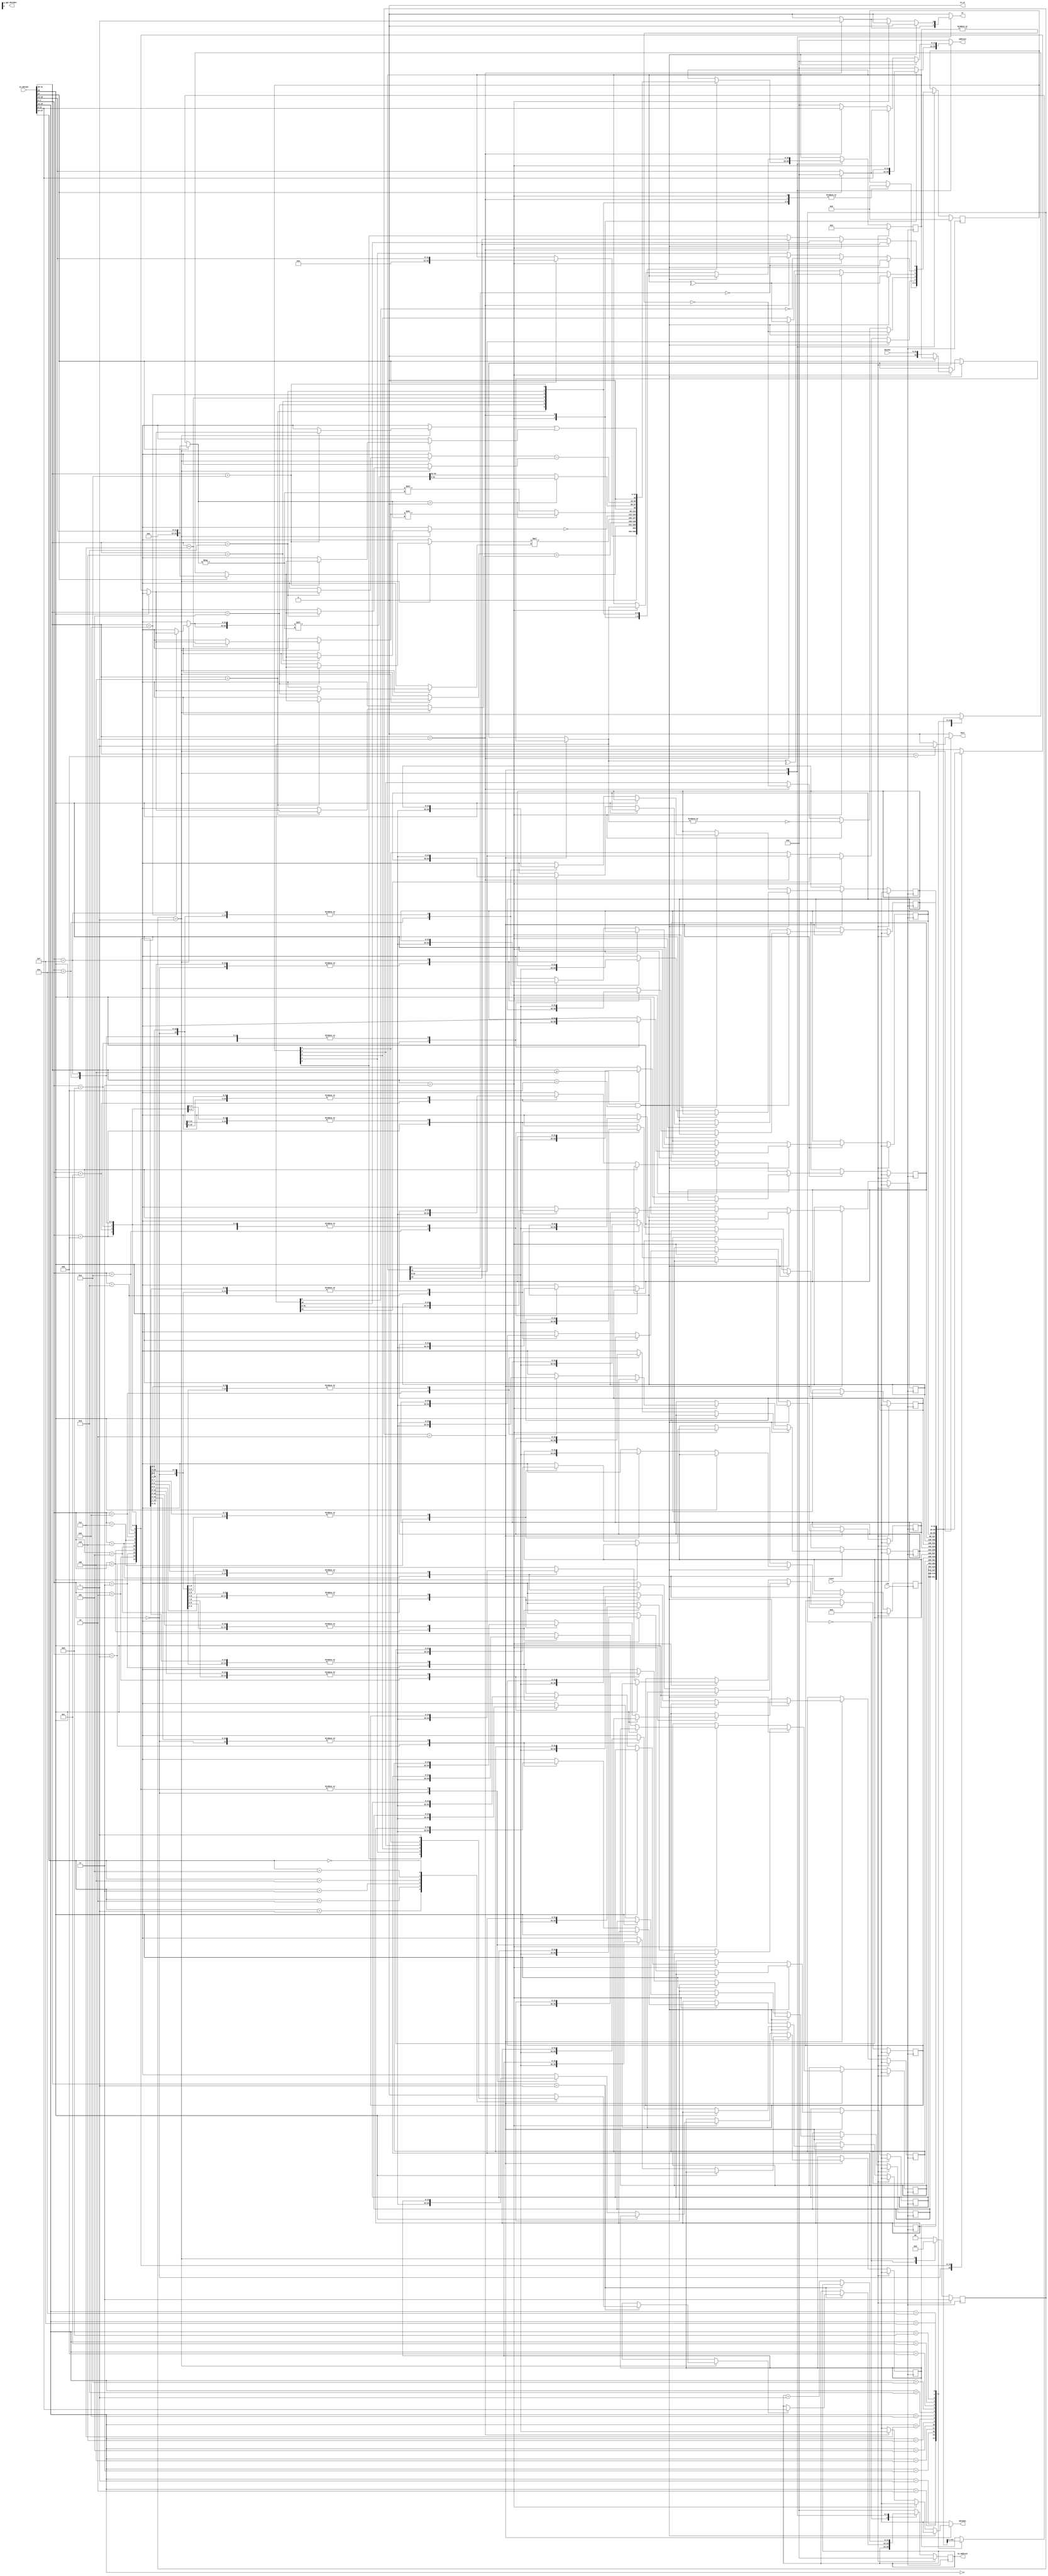
/*==================================
* Model of RISC without pipeline.
* Three main task => fetch,execute,write
*/
// `timescale 1ns/10ps
module np(clk,reset,in_wr,wr,in_address,in_dataIn,in_dataOut,address,dataIn,dataOut,halt);

parameter WIDTH = 32;//32 bits instruction
parameter ADDRSIZE = 12;//size of mem(# of data)
parameter MEMSIZE = (1<<ADDRSIZE) ;//(2^12)
parameter MAXREGS = 16;//Maximum # of registers
parameter SBITS = 5;//Status register bits
//Declare Registers ang Memory
reg [WIDTH-1:0]RFILE[0:MAXREGS-1],//Register file
               ir,// Instruction register
               src1,src2;// Alu operation registers
reg [WIDTH-1:0]RFILE_r[0:MAXREGS-1];//Register file
reg[WIDTH:0]result;// ALU result register
reg[SBITS-1:0]psr;// Processer counter for condition check
reg[ADDRSIZE-1:0]pc;// Program counter
reg[WIDTH*2-1:0] rot;// Rotate 
reg[ADDRSIZE-1:0]pc_r;
reg [WIDTH-1:0]ir_r;// Instruction register
reg[WIDTH:0]result_r;// ALU result register
reg[SBITS-1:0]psr_r;// Processer counter for condition check
reg[1:0]state,next_state;//define the state of the cpu

integer i;
//define input and output
input clk,reset;
input [WIDTH-1:0]in_dataIn;
input [WIDTH-1:0]dataIn;
output reg [ADDRSIZE-1:0]in_address;
output reg [ADDRSIZE-1:0]address;
output reg [WIDTH-1:0]in_dataOut;
output reg [WIDTH-1:0]dataOut;
output reg wr,in_wr,halt;
//wr : 1 for write 0 for read
// General definitions
`define TRUE 1
`define FALSE 0

// Define Instruction fields

`define OPCODE  ir[31:28]
`define SRC     ir[23:12]
`define DST     ir[11:0]
`define SRCTYPE ir[27]// source type 1 => imm 0 => reg or mem
`define DSTTYPE ir[26]// destin_ation type 1 => imm 0 => reg or mem
`define CCODE   ir[27:24]//condition code for branch
`define SRCNT   ir[23:12]//Shift/rotate count -= left, +=right
// Operand Types
`define REGTYPE 0
`define IMMTYPE 1
// Define opcode for each instruction

`define NOP 4'b0000
`define BRA 4'b0001
`define STR 4'b0010
`define LD  4'b0011
`define ADD 4'b0100
`define MUL 4'b0101
`define CMP 4'b0110
`define SHF 4'b0111
`define ROT 4'b1000
`define SUB 4'b1001    // SUB R0 R1  <= R0 = R0 - R1
`define OR 4'b1010    // OR R0 R1  <= R0 = R0 or R1
`define HLT 4'b1011

// Define Condition code fields
`define CARRY  psr[0]
`define EVEN   psr[1]
`define PARITY psr[2]
`define ZERO   psr[3]
`define NEG    psr[4]

// Define Condition Code
`define CCC 1 // Result has carry
`define CCE 2 // Result is  even
`define CCP 3 // Result is  odd parity
`define CCZ 4 // Result is  zero
`define CCN 5 // Result is  negative
`define CCA 0 // Always

// `define RIGHT 0// Rotate / Shift Right
// `define LEFT  1// Rotate / Shift Left

parameter FET = 2'b00,EXE = 2'b01,WB = 2'b10,RESET = 2'b11;

// Function for ALU operands and result
function[WIDTH-1:0] getsrc;
input [WIDTH-1:0]in;
begin 
    if(`SRCTYPE == `REGTYPE) 
        getsrc = RFILE[`SRC];
    else 
        getsrc = `SRC;//immediate type
end
endfunction

function [WIDTH-1:0]getdst;
input [WIDTH-1:0]in;
begin
    if(`DSTTYPE == `REGTYPE)
        getdst = RFILE[`DST];
    else ;
end
endfunction

// Function / task for condition code
function checkcond;//Return 1 if conditon code is set
input[4:0]ccode;
begin
    case (ccode)
        `CCC:checkcond = `CARRY;
        `CCE:checkcond = `EVEN; 
        `CCP:checkcond = `PARITY; 
        `CCZ:checkcond = `ZERO; 
        `CCN:checkcond = `NEG; 
        `CCA:checkcond = 1; 
        default:checkcond = 0;
    endcase
end
endfunction

task clearcondcode;// Reset condition code in PSR
begin
    psr = 0;
end
endtask

task setcondcode;// Compute the condition codes and set PSR
input [WIDTH:0]res;//ALU result register
begin
    `CARRY = res[WIDTH];
    `EVEN = ~res[0];//check even
    `PARITY = ^res;//even # of 1 => 0, odd # of 1 => 1
    `ZERO = ~(|res);
    `NEG = res[WIDTH-1];
end
endtask

// Main Tasks - fetch execute write_result
task fetch;
begin
    in_wr = 0;
    ir = in_dataIn;
end
endtask

task execute;
begin
    case (`OPCODE)
    `NOP: $display("NOP");   
    `BRA: begin
        if(checkcond(`CCODE)==1)begin
            pc = `DST; 
            $display("BRA");
        end
    end
    `LD: begin
        clearcondcode;
        $display("LD");
        if(`SRCTYPE == `IMMTYPE) begin
            result = `SRC;
        end
        else begin
            wr = 0;
            address = `SRC;
        end
        //setcondcode(result);
    end
    `STR: begin
        $display("STR");   
        clearcondcode;
        wr = 1;
        address = `DST;
        if(`SRCTYPE == `IMMTYPE) 
            result = `SRC;
        else 
            result = RFILE[`SRC];
        //setcondcode(result);
    end
    `ADD: begin
        clearcondcode;
        src1 = getsrc(ir);
        src2 = getdst(ir);
        result = src1 + src2;
        $display("ADD");     
        //setcondcode(result);
    end
    `MUL: begin
        clearcondcode;
        src1 = getsrc(ir);
        src2 = getdst(ir);
        result = src1 * src2;
        //setcondcode(result);
        $display("MUL"); 
    end
    `CMP: begin // complement
        clearcondcode;
        src1 = getsrc(ir);
        result = ~src1;
        //setcondcode(result);
        $display("CMP");     
    end
    `SHF:begin // test it
        clearcondcode;
        src1 = getsrc(ir);
        src2 = getdst(ir);
        i = src1;
        result = (i>0)?(src2>>i):(src2<<-i);
        $display("SHF %d",i);        
        //setcondcode(result);
    end
    `ROT:begin // rebuild it
        clearcondcode;
        src1 = getsrc(ir);
        src2 = getdst(ir);  
        i = src1;
        if(i>0) begin
            rot = ({src2,src2}<<-i);
            result = rot[31:0];
        end
        else begin
            rot = ({src2,src2}<<-i);
            result = rot[63:32];
        end
        $display("ROT %d",i);        
    end
    `SUB: begin
        // $display("SUB");  
        clearcondcode;
        src1 = getsrc(ir);
        src2 = getdst(ir);
        result = src2 - src1;
        $display("SUB"); 
        //setcondcode(result);
      end
     `OR: begin
        $display("OR");   
        clearcondcode;
        src1 = getsrc(ir);
        src2 = getdst(ir);
        result = src2 | src1;
        //setcondcode(result);
      end
    `HLT: begin
        halt = 1;        
        // $display("Halt...");
        // $finish;
    end
    default:;
    endcase
end
endtask

//Write the result in register file or memory
task write_result;
begin    
    if((`OPCODE >= `ADD) && (`OPCODE < `HLT))begin
        if(`DSTTYPE == `REGTYPE)begin
            RFILE[`DST] = result;
        end
        else begin
            $display("error!!");
        end
        setcondcode(result);
    end
    else if((`OPCODE == `LD))begin
        if(`SRCTYPE != `IMMTYPE) begin // load from datamemory
            wr = 0;
            address = `SRC;
            result = dataIn;
        end
        if(`DSTTYPE == `REGTYPE)begin
            RFILE[`DST] = result;
        end
        else begin
            $display("error!!");
        end
        setcondcode(result);
    end
    else if((`OPCODE == `STR))begin // store the value to memory
        wr = 1;
        address = `DST;
        dataOut = result[31:0];
        setcondcode(result);
    end

    if(!(`OPCODE == `BRA))begin 
        pc = pc_r + 1;//next instruction ,preassign instruction address       
    end
end
endtask

always@(*)begin
    $display("%d %d %b %h", $time, pc, RFILE[0], RFILE[1]);
end

always @(posedge clk) begin
    if(reset) begin
        state <= RESET;
        pc_r <= 0;
        result_r <= 0;
        psr_r <= 0;
        //
        RFILE_r[0] <= 0;
        RFILE_r[1] <= 0;
        RFILE_r[2] <= 0;
        RFILE_r[3] <= 0;
        RFILE_r[4] <= 0;
        RFILE_r[5] <= 0;
        RFILE_r[6] <= 0;
        RFILE_r[7] <= 0;
        RFILE_r[8] <= 0;
        RFILE_r[9] <= 0;
        RFILE_r[10] <= 0;
        RFILE_r[11] <= 0;
        RFILE_r[12] <= 0;
        RFILE_r[13] <= 0;
        RFILE_r[14] <= 0;
        RFILE_r[15] <= 0;        
    end
    else begin
        pc_r <= pc;
        result_r <= result;
        state <= next_state;
        psr_r <= psr;
        //
        RFILE_r[0] <= RFILE[0];
        RFILE_r[1] <= RFILE[1];
        RFILE_r[2] <= RFILE[2];
        RFILE_r[3] <= RFILE[3];
        RFILE_r[4] <= RFILE[4];
        RFILE_r[5] <= RFILE[5];
        RFILE_r[6] <= RFILE[6];
        RFILE_r[7] <= RFILE[7];
        RFILE_r[8] <= RFILE[8];
        RFILE_r[9] <= RFILE[9];
        RFILE_r[10] <= RFILE[10];
        RFILE_r[11] <= RFILE[11];
        RFILE_r[12] <= RFILE[12];
        RFILE_r[13] <= RFILE[13];
        RFILE_r[14] <= RFILE[14];
        RFILE_r[15] <= RFILE[15];
    end
end

always @(state) begin
    pc = pc_r;
    halt = 0;
    in_wr = 0;
    wr = 0;
    address = 0;
    in_address = pc;
    ir = in_dataIn;
    dataOut = 0;
    src1 = 0;
    src2 = 0;
    result = result_r;
    psr = psr_r;
    rot = 0;
    
    RFILE[0] = RFILE_r[0];
    RFILE[1] = RFILE_r[1];
    RFILE[2] = RFILE_r[2];
    RFILE[3] = RFILE_r[3];
    RFILE[4] = RFILE_r[4];
    RFILE[5] = RFILE_r[5];
    RFILE[6] = RFILE_r[6];
    RFILE[7] = RFILE_r[7];
    RFILE[8] = RFILE_r[8];
    RFILE[9] = RFILE_r[9];
    RFILE[10] = RFILE_r[10];
    RFILE[11] = RFILE_r[11];
    RFILE[12] = RFILE_r[12];
    RFILE[13] = RFILE_r[13];
    RFILE[14] = RFILE_r[14];
    RFILE[15] = RFILE_r[15];
    /*
    reg [WIDTH-1:0]RFILE[0:MAXREGS-1],//Register file
    */
	case(state)	
	FET:begin
        fetch;
        next_state = EXE;
    end
	EXE:begin
        execute;
        next_state = WB;
    end
	WB:begin
        write_result;
        next_state = FET;
    end
	default:begin // for reset
        next_state = FET;
        pc = 0;	
    end
	endcase	
end

endmodule